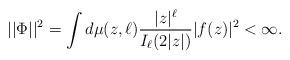
LaTeX: \begin{align*} ||\Phi||^2=\int d\mu(z,\ell)\frac{|z|^{\ell}}{I_{\ell}(2|z|)}|f(z)|^2<\infty. \end{align*}